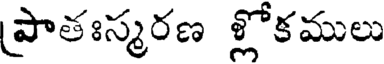
(పాతఃస్మరణ శ్లోకములు